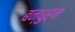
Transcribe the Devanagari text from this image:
बन्धुर्न